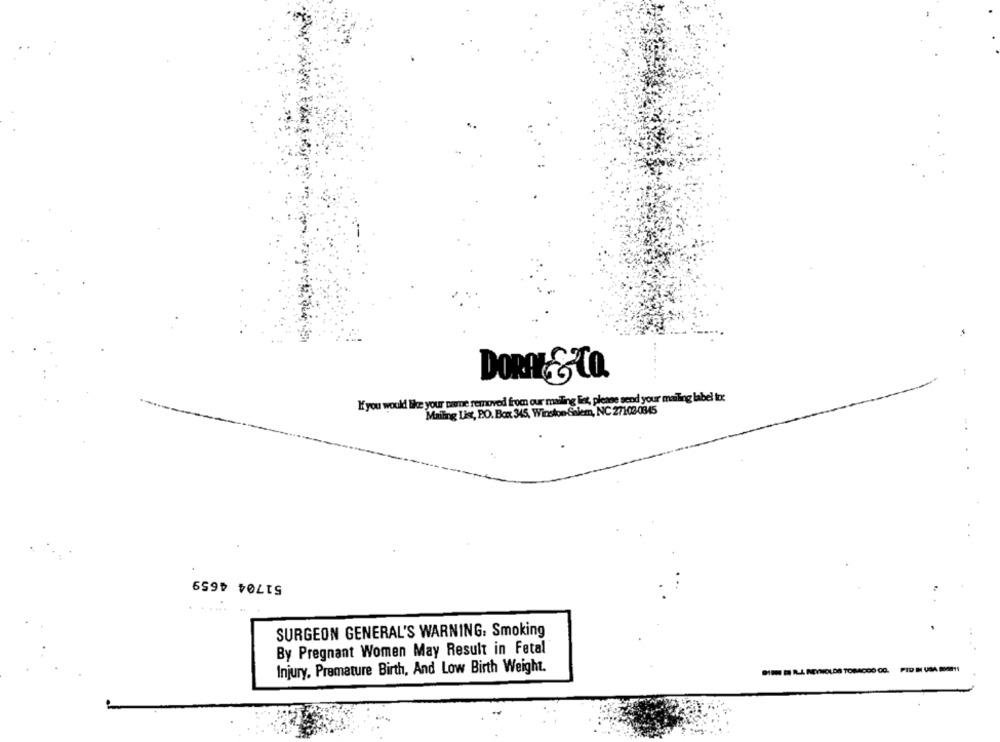
DORAL & CO.
If you would like your mamme removed from our mailing list, please send your mailing label Ioc
Mailing List, P.O. Box 345, Winston-Salem, NC 27102-0345
51704 4659
.....
SURGEON GENERAL'S WARNING. Smoking
By Pregnant Women May Result in Fetal
Injury, Premature Birth, And Low Birth Weight.